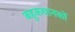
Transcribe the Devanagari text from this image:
बहुकथानकों